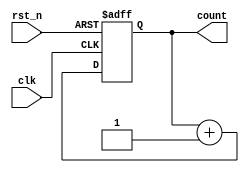
module counter_with_reset (
    input wire clk,         // Clock signal
    input wire rst_n,      // Active-low reset signal
    output reg [3:0] count  // 4-bit counter output
);

// Initial state declaration
initial begin
    count = 4'b0000; // Initialize count to 0
end

// Always block for counter operation with reset
always @(posedge clk or negedge rst_n) begin
    if (!rst_n) begin
        // Behavior on reset: clear the counter
        count <= 4'b0000;  // Reset count to 0
    end else begin
        // Normal operation: increment the counter
        count <= count + 1;  // Increment count
    end
end

endmodule